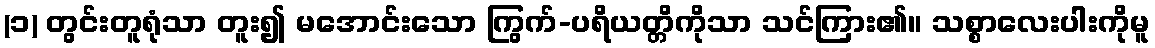
(၁) တွင်းတူရုံသာ တူး၍ မအောင်းသော ကြွက်-ပရိယတ္တိကိုသာ သင်ကြား၏။ သစ္စာလေးပါးကိုမူ